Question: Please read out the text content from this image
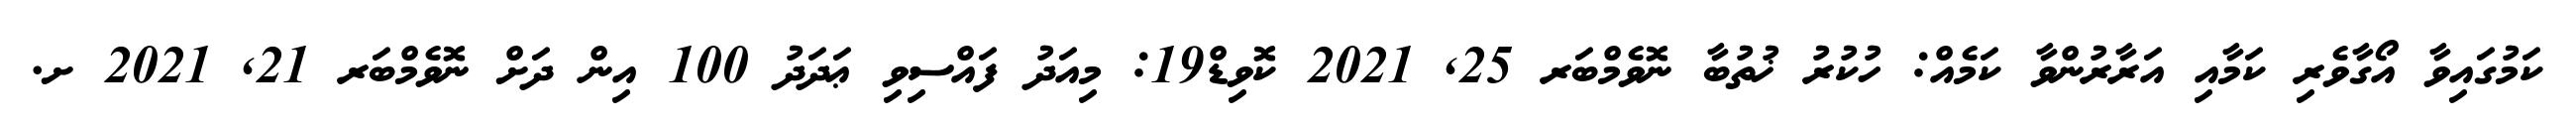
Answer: ކަމުގައިވާ އޯގާވެރި ކަމާއި އަރާރުންވާ ކަމެއް: ހުކުރު ޚުތުބާ ނޮވެމްބަރ 25, 2021 ކޮވިޑް19: މިއަދު ފައްސިވި ޢަދަދު 100 އިން ދަށް ނޮވެމްބަރ 21, 2021 ށ.